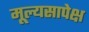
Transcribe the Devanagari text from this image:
मूल्यसापेक्ष